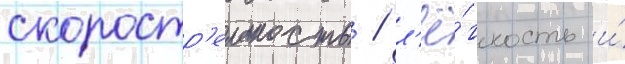
скоростр'ельность / л'ё́гкость и́